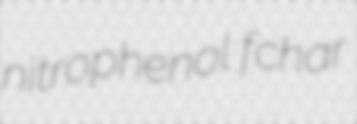
nitrophenol fchar